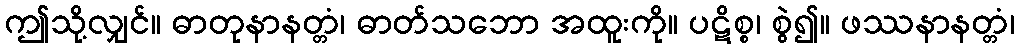
ဤသို့လျှင်။ ဓာတုနာနတ္တံ၊ ဓာတ်သဘော အထူးကို။ ပဋိစ္စ၊ စွဲ၍။ ဖဿနာနတ္တံ၊